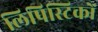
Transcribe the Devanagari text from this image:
लिपिस्टिकों